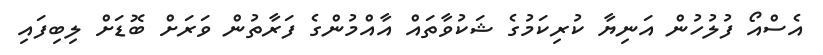
އެސްއޯ ފުލުހުން އަނިޔާ ކުރިކަމުގެ ޝަކުވާތައް އާއްމުންގެ ފަރާތުން ވަރަށް ބޮޑަށް ލިބިފައި